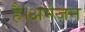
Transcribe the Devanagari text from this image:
है।अमेज़न